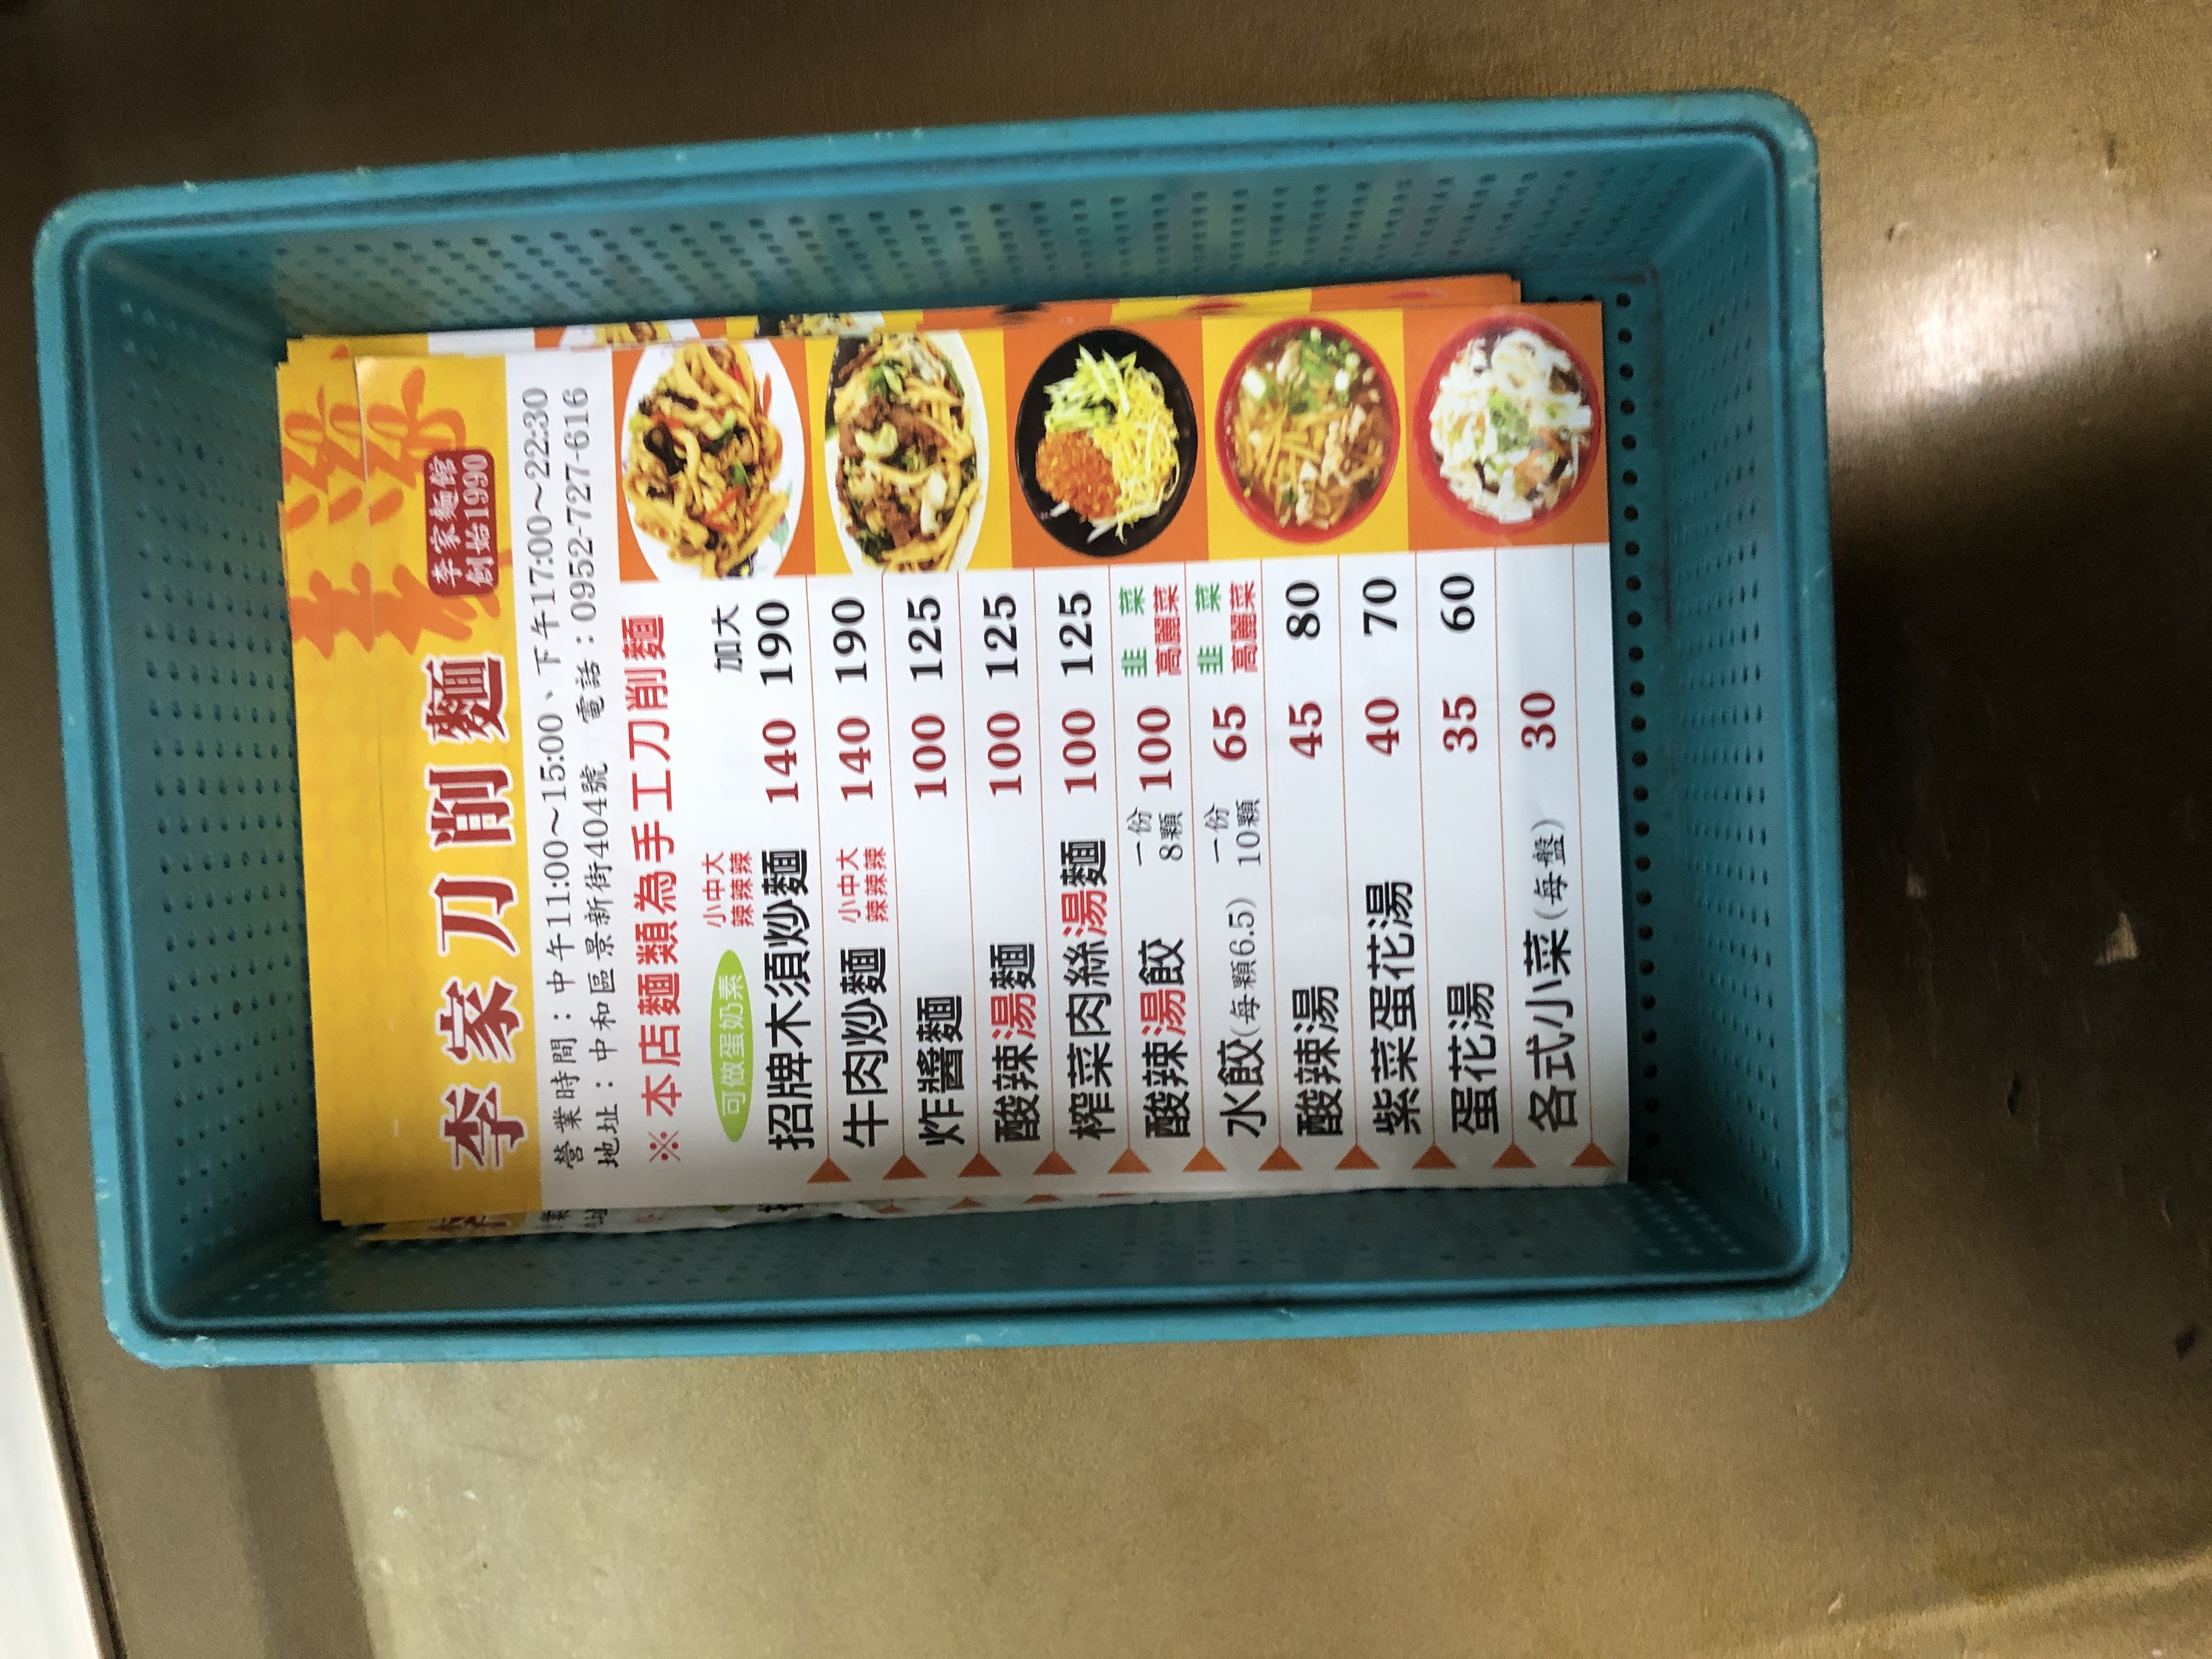
餐廳：李家刀削麵
地址：中和區景新街404號
電話：0952-727-616
營業時間：中午 11:00~15:00, 下午 17:00~22:30
菜單：
name: 招牌木須炒麵 (小/中/大)
price: 140
name: 招牌木須炒麵 (加大)
price: 190
name: 牛肉炒麵 (小/中/大)
price: 140
name: 牛肉炒麵 (加大)
price: 190
name: 炸醬麵 (小)
price: 100
name: 炸醬麵 (大)
price: 125
name: 酸辣湯麵 (小)
price: 100
name: 酸辣湯麵 (大)
price: 125
name: 酸辣湯餃 (一份 8顆)
price: 100
name: 酸辣湯餃 (一份 10顆)
price: 125
name: 水餃 (一份 8顆)
price: 65
name: 水餃 (一份 10顆)
price: 80
name: 酸辣湯 (小)
price: 45
name: 酸辣湯 (大)
price: 80
name: 紫菜蛋花湯 (小)
price: 40
name: 紫菜蛋花湯 (大)
price: 70
name: 蛋花湯 (小)
price: 35
name: 蛋花湯 (大)
price: 60
name: 各式小菜 (每盤)
price: 30